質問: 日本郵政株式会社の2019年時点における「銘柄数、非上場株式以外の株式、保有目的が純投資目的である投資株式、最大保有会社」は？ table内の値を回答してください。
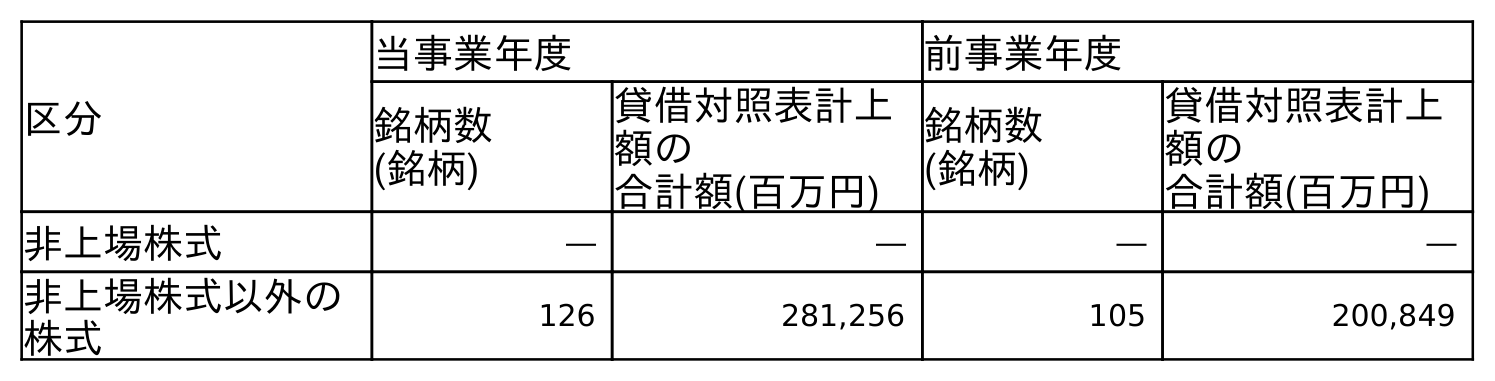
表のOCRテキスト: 区分 当事業年度 前事業年度 銘柄数 (銘柄) 貸借対照表計上 額の 合計額(百万円) 銘柄数 (銘柄) 貸借対照表計上 額の 合計額(百万円) 非上場株式 ― ― ― ― 非上場株式以外の 株式 126 281,256 105 200,849
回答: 105